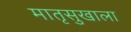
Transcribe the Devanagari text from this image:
मातृसुखाला